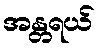
အန္တရယ်